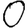
Digit: 0